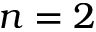
n = 2